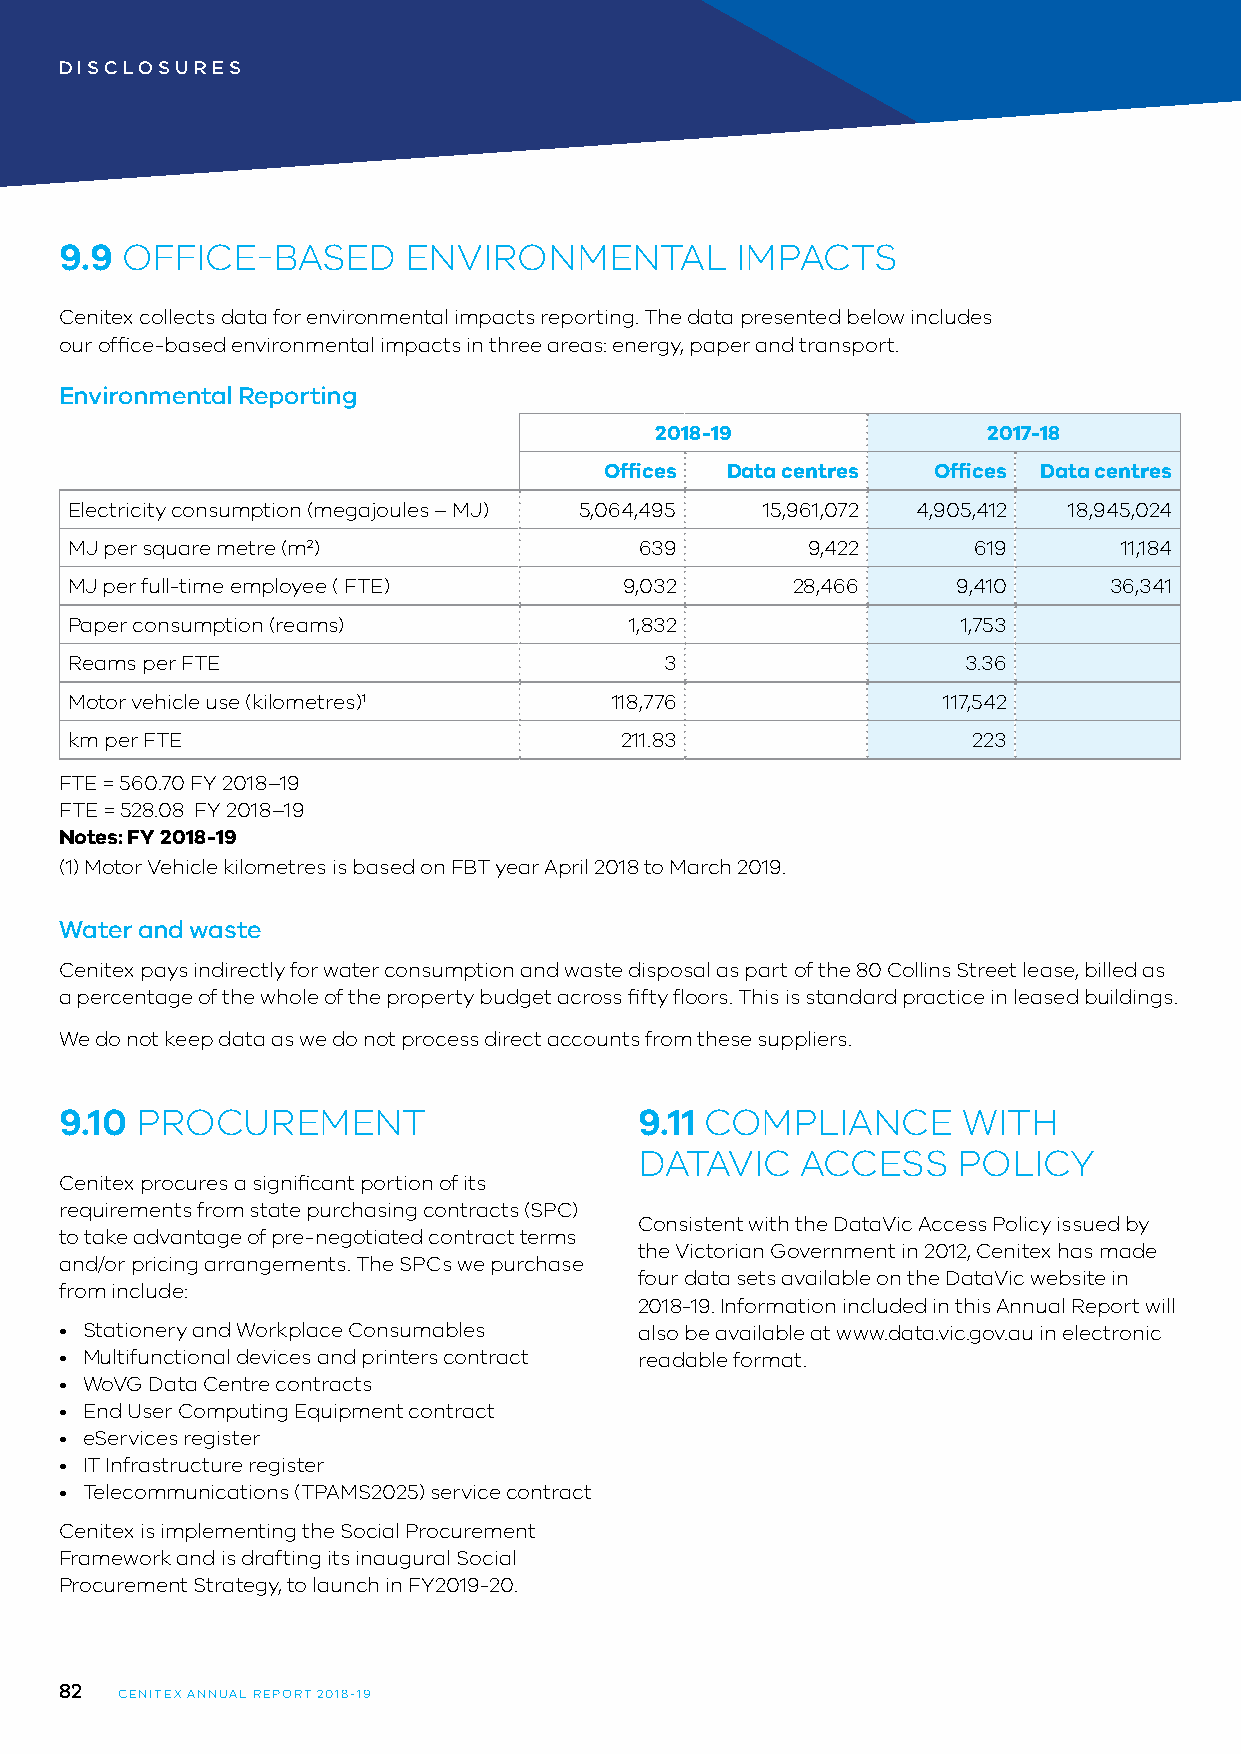
DISCLOSURES
 9.9 OFFICE-BASED       ENVIRONMENTAL         IMPACTS
 Cenitex collects data for environmental impacts reporting. The data presented below includes
 our office-based environmental impacts in three areas: energy, paper and transport.
 Environmental Reporting
 2018-19               2017-18
 Offices Data centres  Offices Data centres
 Electricity consumption (megajoules – MJ) 5,064,495 15,961,072 4,905,412 18,945,024
 MJ per square metre (m2)              639        9,422      619       11,184
 MJ per full-time employee ( FTE)     9,032      28,466     9,410     36,341
 Paper consumption (reams)             1,832                 1,753
 Reams per FTE                           3                   3.36
 Motor vehicle use (kilometres)1     118,776               117,542
 km per FTE                           211.83                 223
 FTE = 560.70 FY 2018–19
 FTE = 528.08 FY 2018–19
 Notes: FY 2018-19
 (1) Motor Vehicle kilometres is based on FBT year April 2018 to March 2019.
 Water and waste
 Cenitex pays indirectly for water consumption and waste disposal as part of the 80 Collins Street lease, billed as
 a percentage of the whole of the property budget across fifty floors. This is standard practice in leased buildings.
 We do not keep data as we do not process direct accounts from these suppliers.
 9.10 PROCUREMENT                      9.11 COMPLIANCE       WITH
 DATAVIC    ACCESS    POLICY
 Cenitex procures a significant portion of its
 requirements from state purchasing contracts (SPC)
 Consistent with the DataVic Access Policy issued by
 to take advantage of pre-negotiated contract terms
 the Victorian Government in 2012, Cenitex has made
 and/or pricing arrangements. The SPCs we purchase
 four data sets available on the DataVic website in
 from include:
 2018-19. Information included in this Annual Report will
 • Stationery and Workplace Consumables also be available at www.data.vic.gov.au in electronic
 • Multifunctional devices and printers contract readable format.
 • WoVG Data Centre contracts
 • End User Computing Equipment contract
 • eServices register
 • IT Infrastructure register
 • Telecommunications (TPAMS2025) service contract
 Cenitex is implementing the Social Procurement
 Framework and is drafting its inaugural Social
 Procurement Strategy, to launch in FY2019-20.
 82
 CENITEX ANNUAL REPORT 2018-19